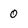
Character: 0